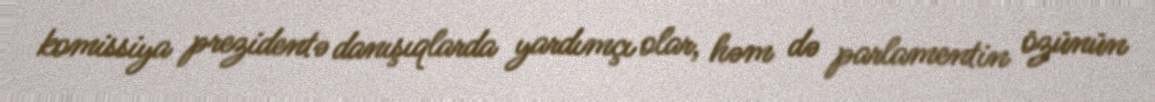
komissiya prezidentə danışıqlarda yardımçı olar, həm də parlamentin özünün